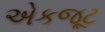
એકજૂટ